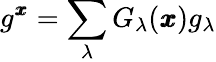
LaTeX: g^{\pmb{x}}=\sum_{\lambda}G_{\lambda}(\pmb{x})g_{\lambda}